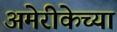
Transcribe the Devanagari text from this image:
अमेरीकेच्या